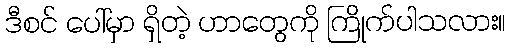
ဒီစင် ပေါ်မှာ ရှိတဲ့ ဟာတွေကို ကြိုက်ပါသလား။